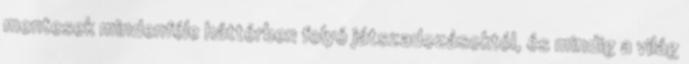
mentesek mindenféle háttérben folyó játszadozásoktól, és mindig a világ